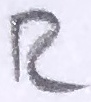
Text: R